Report of the Indian Hemp Drugs Commission, 1894-1895 - Volume IV
Year: 1894
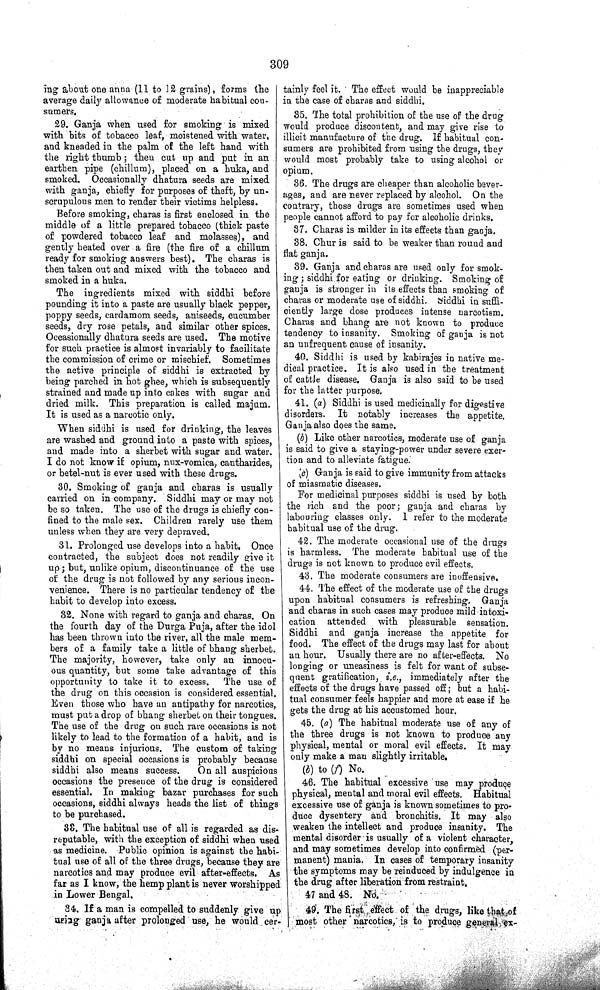
309
ing about one anna (11 to 12 grains), forms the
average daily allowance of moderate habitual con-
sumers.
29. Ganja when used for smoking is mixed
with bits of tobacco leaf, moistened with water,
and kneaded in the palm of the left hand with
the right thumb; then cut up and put in an
earthen pipe (chillum), placed on a huka, and
smoked. Occasionally dhatura seeds are mixed
with ganja, chiefly for purposes of theft, by un-
scrupulous men to render their victims helpless.
Before smoking, charas is first enclosed in the
middle of a little prepared tobacco (thick paste
of powdered tobacco leaf and molasses), and
gently heated over a fire (the fire of a chillum
ready for smoking answers best). The charas is
then taken out and mixed with the tobacco and
smoked in a huka.
The ingredients mixed with siddhi before
pounding it into a paste are usually black pepper,
poppy seeds, cardamom seeds, aniseeds, cucumber
seeds, dry rose petals, and similar other spices.
Occasionally dhatura seeds are used. The motive
for such practice is almost invariably to facilitate
the commission of crime or mischief. Sometimes
the active principle of siddhi is extracted by
being parched in hot ghee, which is subsequently
strained and made up into cakes with sugar and
dried milk. This preparation is called majum.
It is used as a narcotic only.
When siddhi is used for drinking, the leaves
are washed and ground into a paste with spices,
and made into a sherbet with sugar and water.
I do not know if opium, nux-vomica, cantharides,
or betel-nut is ever used with these drugs.
30. Smoking of ganja and charas is usually
carried on in company. Siddhi may or may not
be so taken. The use of the drugs is chiefly con-
fined to the male sex. Children rarely use them
unless when they are very depraved.
31. Prolonged use develops into a habit. Once
contracted, the subject does not readily give it
up; but, unlike opium, discontinuance of the use
of the drug is not followed by any serious incon-
venience. There is no particular tendency of the
habit to develop into excess.
32. None with regard to ganja and charas. On
the fourth day of the Durga Puja, after the idol
has been thrown into the river, all the male mem-
bers of a family take a little of bhang sherbet.
The majority, however, take only an innocu-
ous quantity, but some take advantage of this
opportunity to take it to excess. The use of
the drug on this occasion is considered essential.
Even those who have an antipathy for narcotics,
must put a drop of bhang sherbet on their tongues.
The use of the drug on such rare occasions is not
likely to lead to the formation of a habit, and is
by no means injurious. The custom of taking
siddhi on special occasions is probably because
siddhi also means success.
On all auspicious
occasions the presence of the drug is considered
essential. In making bazar purchases for such
occasions, siddhi always heads the list of things
to be purchased.
33. The habitual use of all is regarded as dis-
reputable, with the exception of siddhi when used
as medicine. Public opinion is against the habi-
tual use of all of the three drugs, because they are
narcotics and may produce evil after-effects. As
far as I know, the hemp plant is never worshipped
in Lower Bengal.
34. If a man is compelled to suddenly give up
using ganja after prolonged use, he would cer-
tainly feel it. The effect would be inappreciable
in the case of charas and siddhi.
35. The total prohibition of the use of the drug
would produce discontent, and may give rise to
illicit manufacture of the drug. If habitual con-
sumers are prohibited from using the drugs, they
would most probably take to using alcohol or
opium.
36. The drugs are cheaper than alcoholic bever-
ages, and are never replaced by alcohol. On the
contrary, those drugs are sometimes used when
people cannot afford to pay for alcoholic drinks.
37. Charas is milder in its effects than ganja.
38. Chur is said to be weaker than round and
flat ganja.
39. Ganja and charas are used only for smok-
ing; siddhi for eating or drinking. Smoking of
ganja is stronger in its effects than smoking of
charas or moderate use of siddhi. Siddhi in suffi-
ciently large dose produces intense narcotism.
Charas and bhang are not known to produce
tendency to insanity. Smoking of ganja is not
an unfrequent cause of insanity.
40. Siddhi is used by kabirajes in native me-
dical practice. It is also used in the treatment
of cattle disease. Ganja is also said to be used
for the latter purpose.
41. (a) Siddhi is used medicinally for digestive
disorders. It notably increases the appetite.
Ganja also does the same.
(b) Like other narcotics, moderate use of ganja
is said to give a staying-power under severe exer-
tion and to alleviate fatigue.
(c) Ganja is said to give immunity from attacks
of miasmatic diseases.
For medicinal purposes siddhi is used by both
the rich and the poor; ganja and charas by
labouring classes only. I refer to the moderate
habitual use of the drug.
42. The moderate occasional use of the drugs
is harmless. The moderate habitual use of the
drugs is not known to produce evil effects.
43. The moderate consumers are inoffensive.
44. The effect of the moderate use of the drugs
upon habitual consumers is refreshing. Ganja
and charas in such cases may produce mild intoxi-
cation attended with pleasurable sensation.
Siddhi and ganja increase the appetite for
food. The effect of the drugs may last for about
an hour. Usually there are no after-effects. No
longing or uneasiness is felt for want of subse-
quent gratification, i.e., immediately after the
effects of the drugs have passed off; but a habi-
tual consumer feels happier and more at ease if he
gets the drug at his accustomed hour.
45. (a) The habitual moderate use of any of
the three drugs is not known to produce any
physical, mental or moral evil effects. It may
only make a man slightly irritable.
(b) to (f) No.
46. The habitual excessive use may produce
physical, mental and moral evil effects. Habitual
excessive use of ganja is known sometimes to pro-
duce dysentery and bronchitis. It may also
weaken the intellect and produce insanity. The
mental disorder is usually of a violent character,
and may sometimes develop into confirmed (per-
manent) mania. In cases of temporary insanity
the symptoms may be reinduced by indulgence in
the drug after liberation from restraint.
47 and 48. No.
49. The first effect of the drugs, like that of
most other narcotics, is to produce general ex-